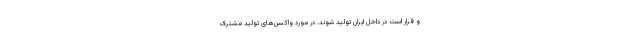
و قرار است در داخل ایران تولید شوند. در مورد واکسن‌های تولید مشترک